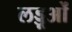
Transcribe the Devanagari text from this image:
लड्डूओं